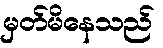
မှတ်မိနေသည်